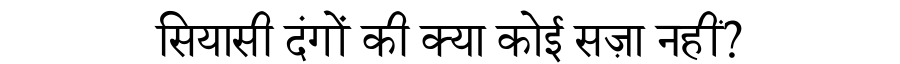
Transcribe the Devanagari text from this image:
सियासी दंगों की क्या कोई सज़ा नहीं?